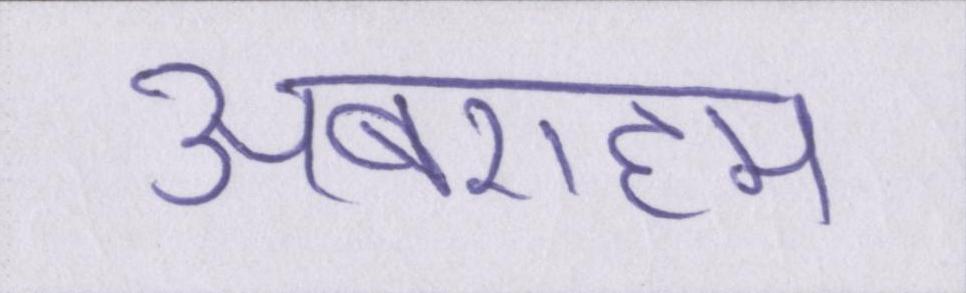
अबराहम